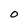
Character: O